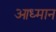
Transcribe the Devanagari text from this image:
आध्मान